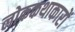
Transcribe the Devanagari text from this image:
लोककथाकारों